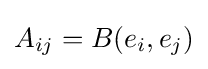
A_{ij}=B(e_{i},e_{j})